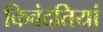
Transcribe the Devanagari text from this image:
किवंदतियां